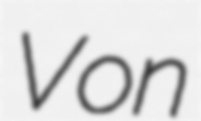
Von